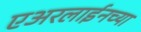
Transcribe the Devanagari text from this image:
एअरलाईनच्या